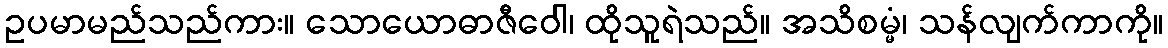
ဥပမာမည်သည်ကား။ သောယောဓာဇီဝေါ၊ ထိုသူရဲသည်။ အသိစမ္မံ၊ သန်လျက်ကာကို။